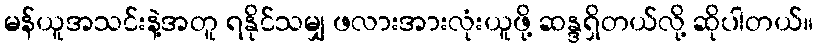
မန်ယူအသင်းနဲ့အတူ ရနိုင်သမျှ ဖလားအားလုံးယူဖို့ ဆန္ဒရှိတယ်လို့ ဆိုပါတယ်။